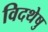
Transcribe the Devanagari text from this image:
विदथेषु